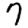
Digit: 7